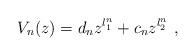
LaTeX: \begin{align*} V_n(z)= d_n z^{l_1^n} + c_n z^{l_2^n}~,\end{align*}